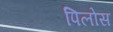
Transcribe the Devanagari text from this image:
पिलोस